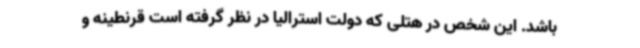
باشد. این شخص در هتلی که دولت استرالیا در نظر گرفته است قرنطینه و